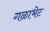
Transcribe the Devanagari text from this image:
गळाभेट